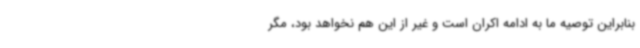
بنابراین توصیه ما به ادامه اکران است و غیر از این هم نخواهد بود، مگر